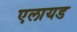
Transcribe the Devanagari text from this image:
एलायड